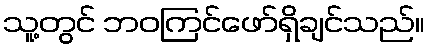
သူ့တွင် ဘဝကြင်ဖော်ရှိချင်သည်။